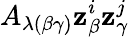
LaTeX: A_{\lambda(\beta\gamma)}\mathbf{z}_{\beta}^{i}\mathbf{z}_{\gamma}^{j}